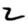
Digit: 2